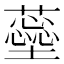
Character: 𧁚